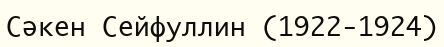
Сәкен Сейфуллин (1922-1924)